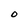
Character: O